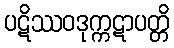
ပဋိဿဝဒုက္ကဋာပတ္တိ